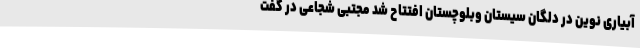
آبیاری نوین در دلگان سیستان وبلوچستان افتتاح شد مجتبی شجاعی در گفت